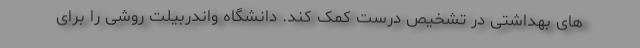
های بهداشتی در تشخیص درست کمک کند. دانشگاه واندربیلت روشی را برای